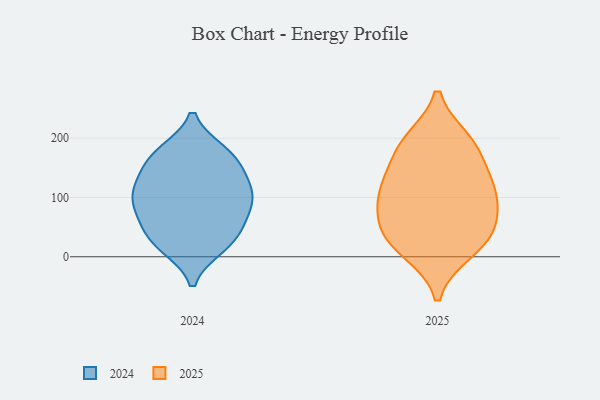
{"axis": {"x": "Active Users", "y": "Value"}, "legend": ["2024", "2025"], "data": [{"x": "", "y": 122, "type": "2024"}, {"x": "", "y": 17, "type": "2024"}, {"x": "", "y": 94, "type": "2024"}, {"x": "", "y": 120, "type": "2024"}, {"x": "", "y": 122, "type": "2024"}, {"x": "", "y": 83, "type": "2024"}, {"x": "", "y": 57, "type": "2024"}, {"x": "", "y": 101, "type": "2024"}, {"x": "", "y": 161, "type": "2024"}, {"x": "", "y": 175, "type": "2024"}, {"x": "", "y": 46, "type": "2024"}, {"x": "", "y": 166, "type": "2024"}, {"x": "", "y": 81, "type": "2024"}, {"x": "", "y": 176, "type": "2024"}, {"x": "", "y": 26, "type": "2024"}, {"x": "", "y": 21, "type": "2024"}, {"x": "", "y": 10, "type": "2025"}, {"x": "", "y": 98, "type": "2025"}, {"x": "", "y": 38, "type": "2025"}, {"x": "", "y": 190, "type": "2025"}, {"x": "", "y": 115, "type": "2025"}, {"x": "", "y": 57, "type": "2025"}, {"x": "", "y": 195, "type": "2025"}, {"x": "", "y": 117, "type": "2025"}, {"x": "", "y": 122, "type": "2025"}, {"x": "", "y": 19, "type": "2025"}, {"x": "", "y": 58, "type": "2025"}, {"x": "", "y": 178, "type": "2025"}]}